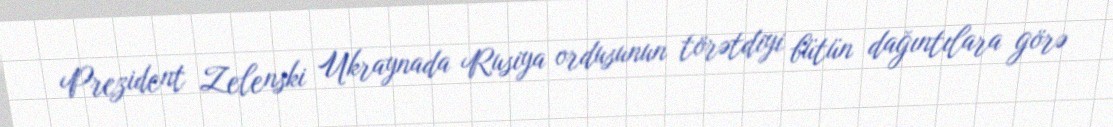
Prezident Zelenski Ukraynada Rusiya ordusunun törətdiyi bütün dağıntılara görə